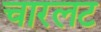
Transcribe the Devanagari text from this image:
चारलट